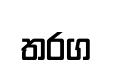
තරග